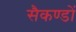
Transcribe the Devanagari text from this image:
सैकण्‍डों